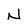
Character: N